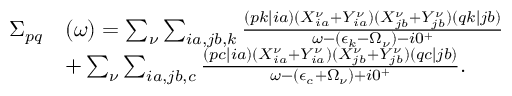
\begin{array} { r l } { \Sigma _ { p q } } & { ( \omega ) = \sum _ { \nu } \sum _ { i a , j b , k } \frac { ( p k | i a ) ( X _ { i a } ^ { \nu } + Y _ { i a } ^ { \nu } ) ( X _ { j b } ^ { \nu } + Y _ { j b } ^ { \nu } ) ( q k | j b ) } { \omega - ( \epsilon _ { k } - \Omega _ { \nu } ) - i 0 ^ { + } } } \\ & { + \sum _ { \nu } \sum _ { i a , j b , c } \frac { ( p c | i a ) ( X _ { i a } ^ { \nu } + Y _ { i a } ^ { \nu } ) ( X _ { j b } ^ { \nu } + Y _ { j b } ^ { \nu } ) ( q c | j b ) } { \omega - ( \epsilon _ { c } + \Omega _ { \nu } ) + i 0 ^ { + } } . } \end{array}